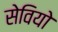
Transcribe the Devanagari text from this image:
सेवियो